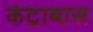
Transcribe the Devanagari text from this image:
कंट्राबास